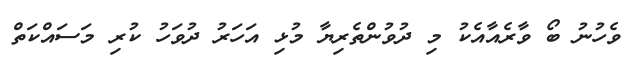
ވެހުނު ބޯ ވާރެއާއެކު މި ދުވުންތެރިޔާ މުޅި އަހަރު ދުވަހު ކުރި މަސައްކަތް